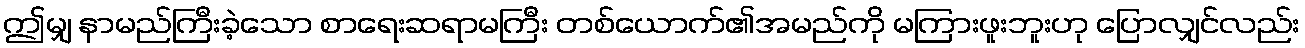
ဤမျှ နာမည်ကြီးခဲ့သော စာရေးဆရာမကြီး တစ်ယောက်၏အမည်ကို မကြားဖူးဘူးဟု ပြောလျှင်လည်း